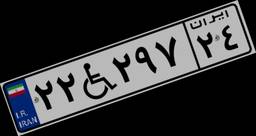
۵۰W۰۲۲۶۷